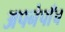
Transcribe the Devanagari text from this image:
अपनेपाँच